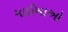
માઈખાઓ